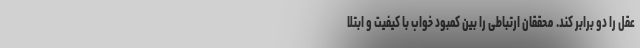
عقل را دو برابر کند. محققان ارتباطی را بین کمبود خواب با کیفیت و ابتلا